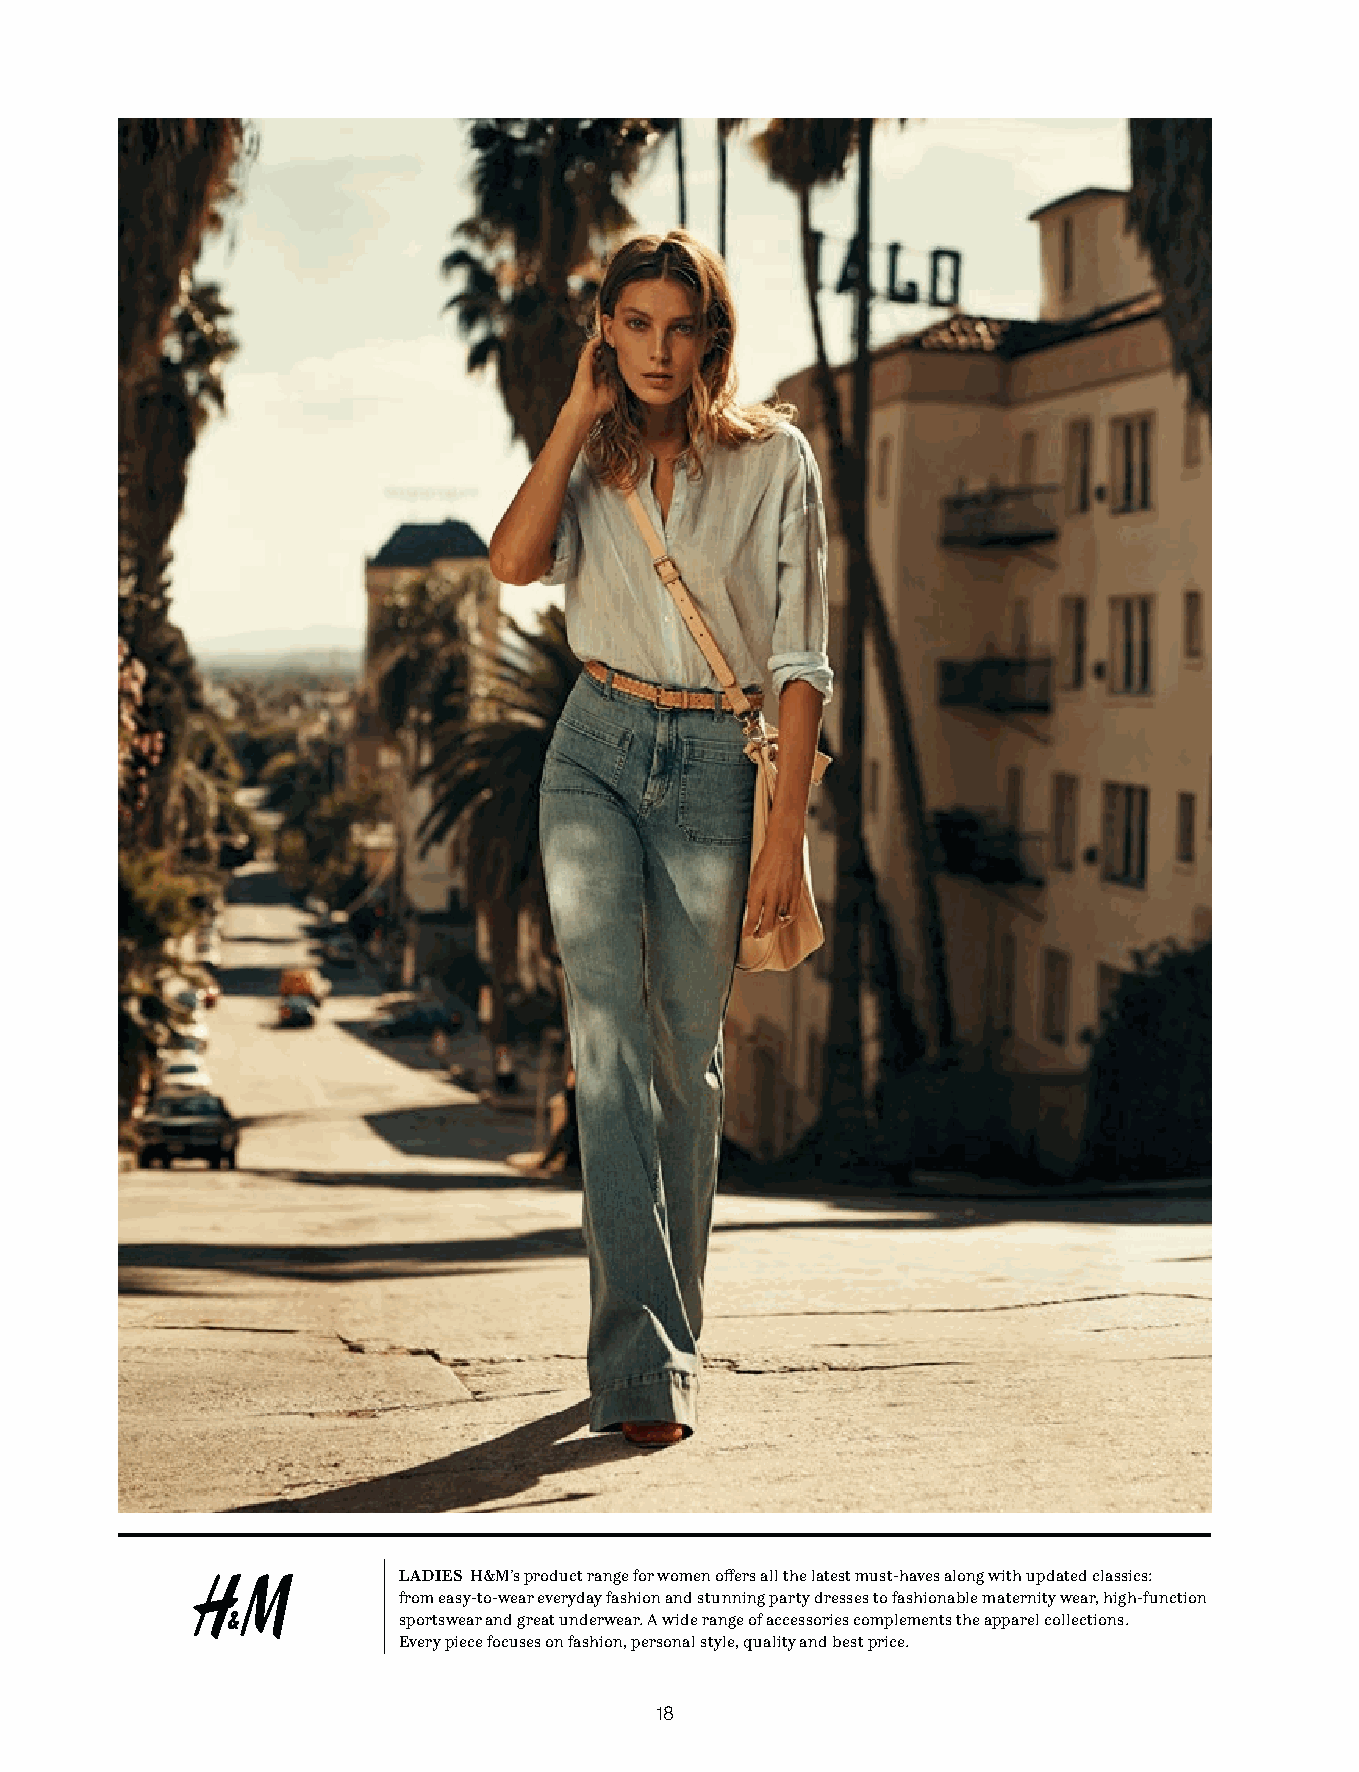
LADIES H&M’s product range for women offers all the latest must-haves along with updated classics:
 from easy-to-wear everyday fashion and stunning party dresses to fashionable maternity wear, high-function
 sportswear and great underwear. A wide range of accessories complements the apparel collections.
 Every piece focuses on fashion, personal style, quality and best price.
 18